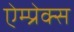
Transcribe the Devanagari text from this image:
ऐम्प्रेक्स